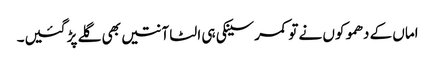
اماں کے دھموکوں نے تو کمر سینکی ہی الٹا آنتیں بھی گلے پڑ گئیں۔